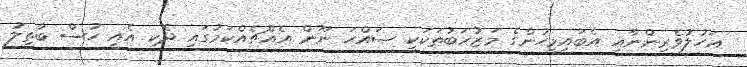
އަހުލުވެރިންނާއި އެބައިމީހުންގެ މަޒުހަބުތަކަކީ ޞައްހަ ނޫން އެއްޗެއްކަމުގައި ދެކި އެއީ ހުސް ބާތިލު